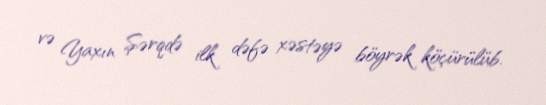
və Yaxın Şərqdə ilk dəfə xəstəyə böyrək köçürülüb.